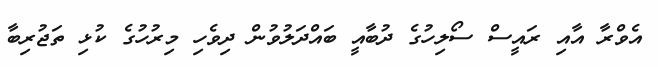
އެވްރާ އާއި ރައީސް ސޯލިހުގެ ދުބާއީ ބައްދަލުވުން ދިވެހި މިރުހުގެ ކުޅި ތަޖުރިބާ